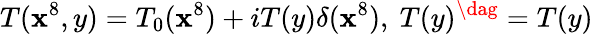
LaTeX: T(\mathbf{x}^{8},y)=T_{0}(\mathbf{x}^{8})+iT(y)\delta(\mathbf{x}^{8}),\ T(y)^{\dag}=T(y)